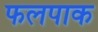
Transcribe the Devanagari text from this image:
फलपाक